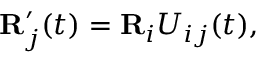
\begin{array} { r } { { \bf R } _ { j } ^ { \prime } ( t ) = { \bf R } _ { i } U _ { i j } ( t ) , } \end{array}